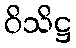
ဝိသိဋ္ဌ